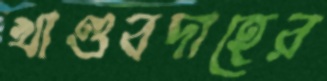
খাণ্ডবদাহের